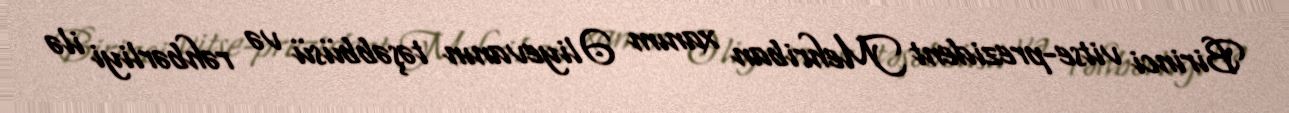
Birinci vitse-prezident Mehriban xanım Əliyevanın təşəbbüsü və rəhbərliyi ilə